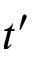
t ^ { \prime }